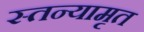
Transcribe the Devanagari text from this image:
स्तन्यामृत